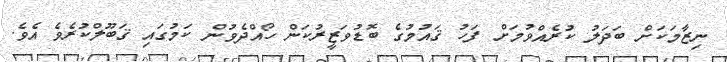
ނިޒާމަކަށް ބަދަލު ކުރެއްވުމަށް ފަހު ޤައުމުގެ ބޮޑުވަޒީރުކަން ހޯއްދެވުން ކަމުގައި ޤަބޫލްކުރެވެ އެވެ.